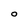
Character: o